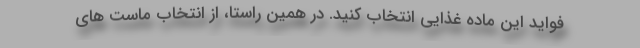
فواید این ماده غذایی انتخاب کنید. در همین راستا، از انتخاب ماست های